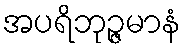
အပရိဘုဉ္ဇမာနံ